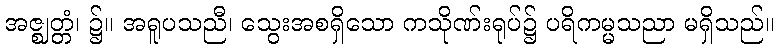
အဇ္ဈတ္တံ၊ ၌။ အရူပသညီ၊ သွေးအစရှိသော ကသိုဏ်းရုပ်၌ ပရိကမ္မသညာ မရှိသည်။